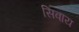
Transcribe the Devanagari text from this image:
सिवाय